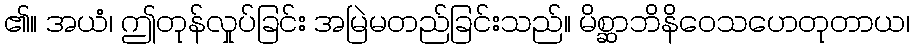
၏။ အယံ၊ ဤတုန်လှုပ်ခြင်း အမြဲမတည်ခြင်းသည်။ မိစ္ဆာဘိနိဝေသဟေတုတာယ၊